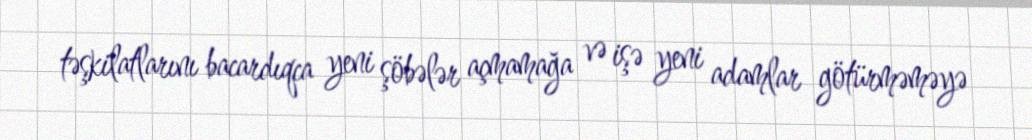
təşkilatlarını bacardıqca yeni şöbələr açmamağa və işə yeni adamlar götürməməyə